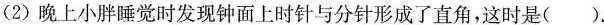
（2）晚上小胖睡觉时发现钟面上时针与分针形成了直角，这时是（ ）.